Notes on the propagation and cultivation of the medicinal cinchonas, or Peruvian bark trees
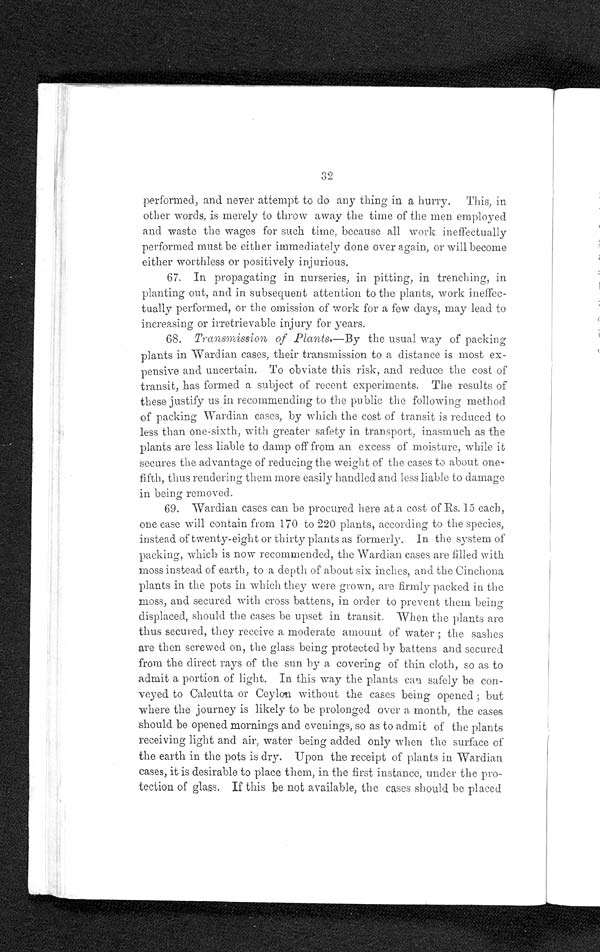
32
performed, and never attempt to do any thing in a hurry. This, in
other words, is merely to throw away the time of the men employed
and waste the wages for such time, because all work ineffectually
performed must be either immediately done over again, or will become
either worthless or positively injurious.
67. In propagating in nurseries, in pitting, in trenching, in
planting out, and in subsequent attention to the plants, work ineffec
-tually performed, or the omission of work for a few days, may lead to
increasing or irretrievable injury for years.
68. Transmission of Plants.—By the usual way of packing
plants in Wardian cases, their transmission to a distance is most ex
pensive and uncertain. To obviate this risk, and reduce the cost of
transit, has formed a subject of recent experiments. The results of
these justify us in recommending to the public the following method
of packing Wardian cases, by which the cost of transit is reduced to
less than one-sixth, with greater safety in transport, inasmuch as the
plants are less liable to damp off from an excess of moisture, while it
secures the advantage of reducing the weight of the cases to about one-
fifth, thus rendering them more easily handled and less liable to damage
in being removed.
69. Wardian cases can be procured here at a cost of Rs. 15 each,
one case will contain from 170 to 220 plants, according to the species,
instead of twenty-eight or thirty plants as formerly. In the system of
packing, which is now recommended, the Wardian cases are filled with
moss instead of earth, to a depth of about six inches, and the Cinchona
plants in the pots in which they were grown, are firmly packed in the
moss, and secured with cross battens, in order to prevent them being
displaced, should the cases be upset in transit. When the plants are
thus secured, they receive a moderate amount of water ; the sashes
are then screwed on, the glass being protected by battens and secured
from the direct rays of the sun by a covering of thin cloth, so as to
admit a portion of light. In this way the plants can safely be con
-veyed to Calcutta or Ceylon without the cases being opened ; but
where the journey is likely to be prolonged over a month, the cases
should be opened mornings and evenings, so as to admit of the plants
receiving light and air, water being added only when the surface of
the earth in the pots is dry. Upon the receipt of plants in Wardian
cases, it is desirable to place them, in the first instance, under the pro
-tection of glass. If this be not available, the cases should be placed